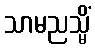
သာမညသ္မိံ